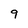
Character: 9